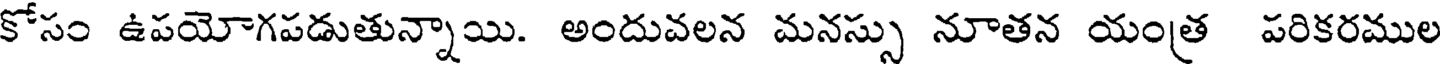
కోసం ఉపయోగపడుతున్నాయి. అందువలన మనస్సు నూతన యంత్ర పరికరముల